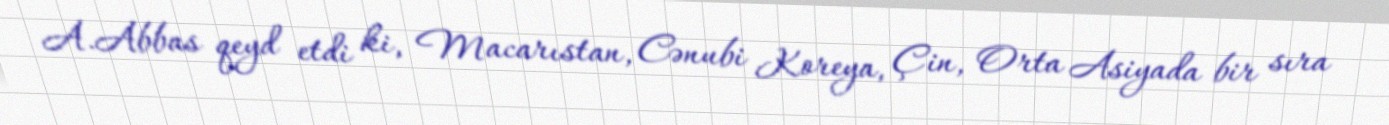
A.Abbas qeyd etdi ki, Macarıstan, Cənubi Koreya, Çin, Orta Asiyada bir sıra